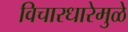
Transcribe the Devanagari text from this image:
विचारधारेमुळे